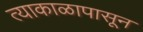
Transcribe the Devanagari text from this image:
त्याकाळापासून